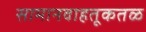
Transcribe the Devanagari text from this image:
सामानवाहतूकतळ